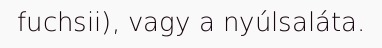
fuchsii), vagy a nyúlsaláta.